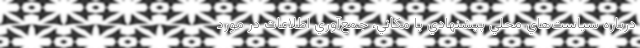
درباره سياست‌هاي محلي پيشنهادي يا مكاني، جمع‌آوري اطلاعات در مورد